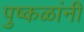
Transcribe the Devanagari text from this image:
पुष्कळांनी